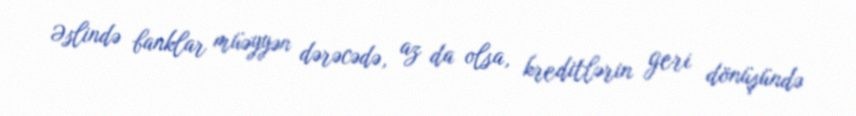
Əslində banklar müəyyən dərəcədə, az da olsa, kreditlərin geri dönüşündə